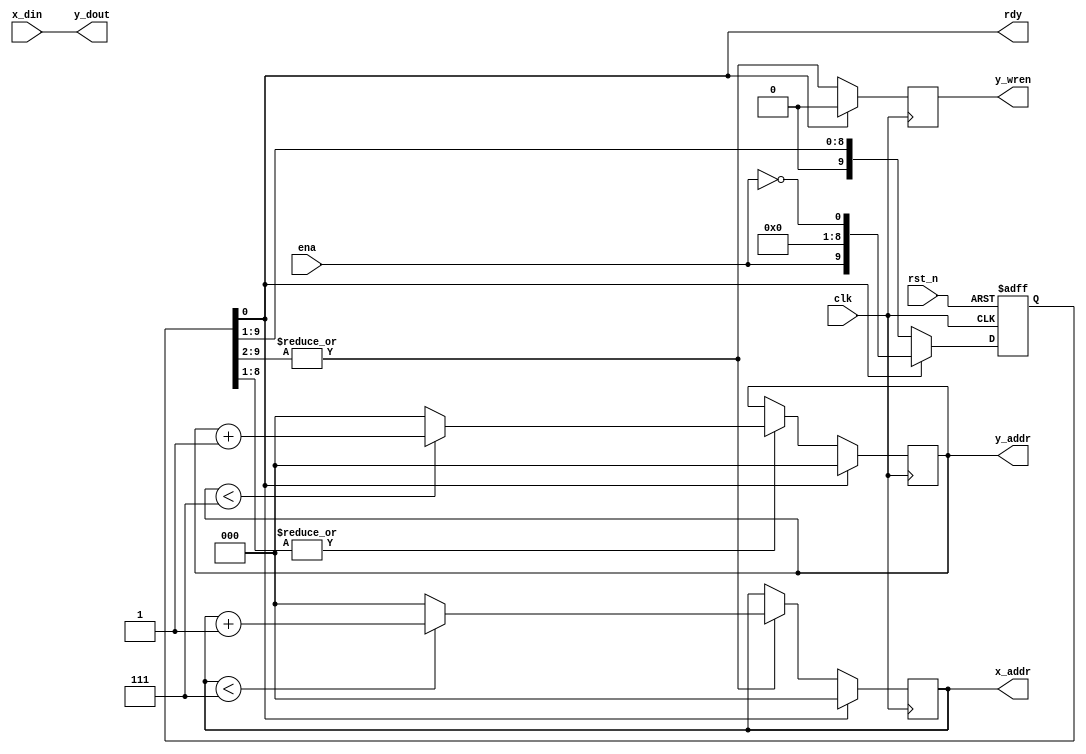
//------------------------------------------------------------------------------
//
// multiword_mover.v
// -----------------------------------------------------------------------------
// Multi-word data mover.
//
//
// Copyright (c) 2015-2016, 2018 NORDUnet A/S
//
// Redistribution and use in source and binary forms, with or without
// modification, are permitted provided that the following conditions are met:
//
// - Redistributions of source code must retain the above copyright notice,
//   this list of conditions and the following disclaimer.
//
// - Redistributions in binary form must reproduce the above copyright notice,
//   this list of conditions and the following disclaimer in the documentation
//   and/or other materials provided with the distribution.
//
// - Neither the name of the NORDUnet nor the names of its contributors may be
//   used to endorse or promote products derived from this software without
//   specific prior written permission.
//
// THIS SOFTWARE IS PROVIDED BY THE COPYRIGHT HOLDERS AND CONTRIBUTORS "AS IS"
// AND ANY EXPRESS OR IMPLIED WARRANTIES, INCLUDING, BUT NOT LIMITED TO, THE
// IMPLIED WARRANTIES OF MERCHANTABILITY AND FITNESS FOR A PARTICULAR PURPOSE
// ARE DISCLAIMED. IN NO EVENT SHALL THE COPYRIGHT HOLDER OR CONTRIBUTORS BE
// LIABLE FOR ANY DIRECT, INDIRECT, INCIDENTAL, SPECIAL, EXEMPLARY, OR
// CONSEQUENTIAL DAMAGES (INCLUDING, BUT NOT LIMITED TO, PROCUREMENT OF
// SUBSTITUTE GOODS OR SERVICES; LOSS OF USE, DATA, OR PROFITS; OR BUSINESS
// INTERRUPTION) HOWEVER CAUSED AND ON ANY THEORY OF LIABILITY, WHETHER IN
// CONTRACT, STRICT LIABILITY, OR TORT (INCLUDING NEGLIGENCE OR OTHERWISE)
// ARISING IN ANY WAY OUT OF THE USE OF THIS SOFTWARE, EVEN IF ADVISED OF THE
// POSSIBILITY OF SUCH DAMAGE.
//
//------------------------------------------------------------------------------

module multiword_mover
(
    clk, rst_n,
    ena, rdy,
    x_addr, y_addr, y_wren,
    x_din, y_dout
);


    //
    // Parameters
    //
    parameter WORD_COUNTER_WIDTH    = 3;
    parameter OPERAND_NUM_WORDS     = 8;


    //
    // Handy Numbers
    //
    localparam  [WORD_COUNTER_WIDTH-1:0]    WORD_INDEX_ZERO = 0;
    localparam  [WORD_COUNTER_WIDTH-1:0]    WORD_INDEX_LAST = OPERAND_NUM_WORDS - 1;


    //
    // Handy Functions
    //
    function [WORD_COUNTER_WIDTH-1:0] WORD_INDEX_NEXT_OR_ZERO;
    input    [WORD_COUNTER_WIDTH-1:0] WORD_INDEX_CURRENT;
    begin
        WORD_INDEX_NEXT_OR_ZERO = (WORD_INDEX_CURRENT < WORD_INDEX_LAST) ?
            WORD_INDEX_CURRENT + 1'b1 : WORD_INDEX_ZERO;
    end
    endfunction


    //
    // Ports
    //
    input                               clk;    // system clock
    input                               rst_n;  // active-low async reset

    input                               ena;    // enable input
    output                              rdy;    // ready output

    output  [WORD_COUNTER_WIDTH-1:0]    x_addr; // address of current X word
    output  [WORD_COUNTER_WIDTH-1:0]    y_addr; // address of current Y word
    output                              y_wren; // store current Y word

    input   [                32-1:0]    x_din;  // current X word
    output  [                32-1:0]    y_dout; // current Y word


    //
    // Word Indices
    //
    reg [WORD_COUNTER_WIDTH-1:0] index_x;
    reg [WORD_COUNTER_WIDTH-1:0] index_y;


    //
    // Output Mapping
    //
    assign x_addr   = index_x;
    assign y_addr   = index_y;


    //
    // FSM
    //
    localparam FSM_SHREG_WIDTH = 1 * OPERAND_NUM_WORDS + 2;
    localparam [FSM_SHREG_WIDTH-1:0] FSM_SHREG_INIT = {{(FSM_SHREG_WIDTH-1){1'b0}}, 1'b1};
    
    reg [FSM_SHREG_WIDTH-1:0] fsm_shreg = FSM_SHREG_INIT;

    assign rdy = fsm_shreg[0];

    wire [OPERAND_NUM_WORDS-1:0] fsm_shreg_inc_index_x = fsm_shreg[FSM_SHREG_WIDTH - (0 * OPERAND_NUM_WORDS + 1) : FSM_SHREG_WIDTH - (1 * OPERAND_NUM_WORDS + 0)];
    wire [OPERAND_NUM_WORDS-1:0] fsm_shreg_inc_index_y = fsm_shreg[FSM_SHREG_WIDTH - (0 * OPERAND_NUM_WORDS + 2) : FSM_SHREG_WIDTH - (1 * OPERAND_NUM_WORDS + 1)];

    wire inc_index_x    = |fsm_shreg_inc_index_x;
    wire inc_index_y    = |fsm_shreg_inc_index_y;
    wire store_word_y   = |fsm_shreg_inc_index_x;

    always @(posedge clk or negedge rst_n)
        //
        if (rst_n == 1'b0)  fsm_shreg <= FSM_SHREG_INIT;
        else begin
            if (rdy)        fsm_shreg <= {ena, {FSM_SHREG_WIDTH-2{1'b0}}, ~ena};
            else            fsm_shreg <= {1'b0, fsm_shreg[FSM_SHREG_WIDTH-1:1]};
        end


    //
    // Word Index Increment Logic
    //
    always @(posedge clk)
        //
        if (rdy) begin
            index_x <= WORD_INDEX_ZERO;
            index_y <= WORD_INDEX_ZERO;
        end else begin
            if (inc_index_x) index_x <= WORD_INDEX_NEXT_OR_ZERO(index_x);
            if (inc_index_y) index_y <= WORD_INDEX_NEXT_OR_ZERO(index_y);
        end


    //
    // Write Enable Logic
    //
    reg y_wren_reg = 1'b0;

    assign y_wren = y_wren_reg;

    always @(posedge clk)
        //
        if (rdy) y_wren_reg  <= 1'b0;
        else     y_wren_reg  <= store_word_y;


    //
    // Output Logic
    //
    assign y_dout = x_din;


endmodule


//------------------------------------------------------------------------------
// End-of-File
//------------------------------------------------------------------------------